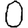
Digit: 0